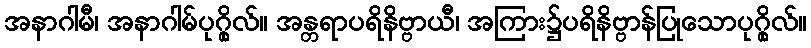
အနာဂါမီ၊ အနာဂါမ်ပုဂ္ဂိုလ်။ အန္တရာပရိနိဗ္ဗာယီ၊ အကြား၌ပရိနိဗ္ဗာန်ပြုသောပုဂ္ဂိုလ်။